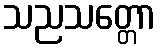
သညသတ္တော